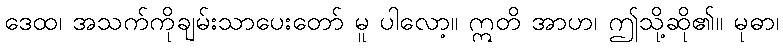
ဒေထ၊ အသက်ကိုချမ်းသာပေးတော် မူ ပါလော့။ ဣတိ အာဟ၊ ဤသို့ဆို၏။ မုဓာ၊